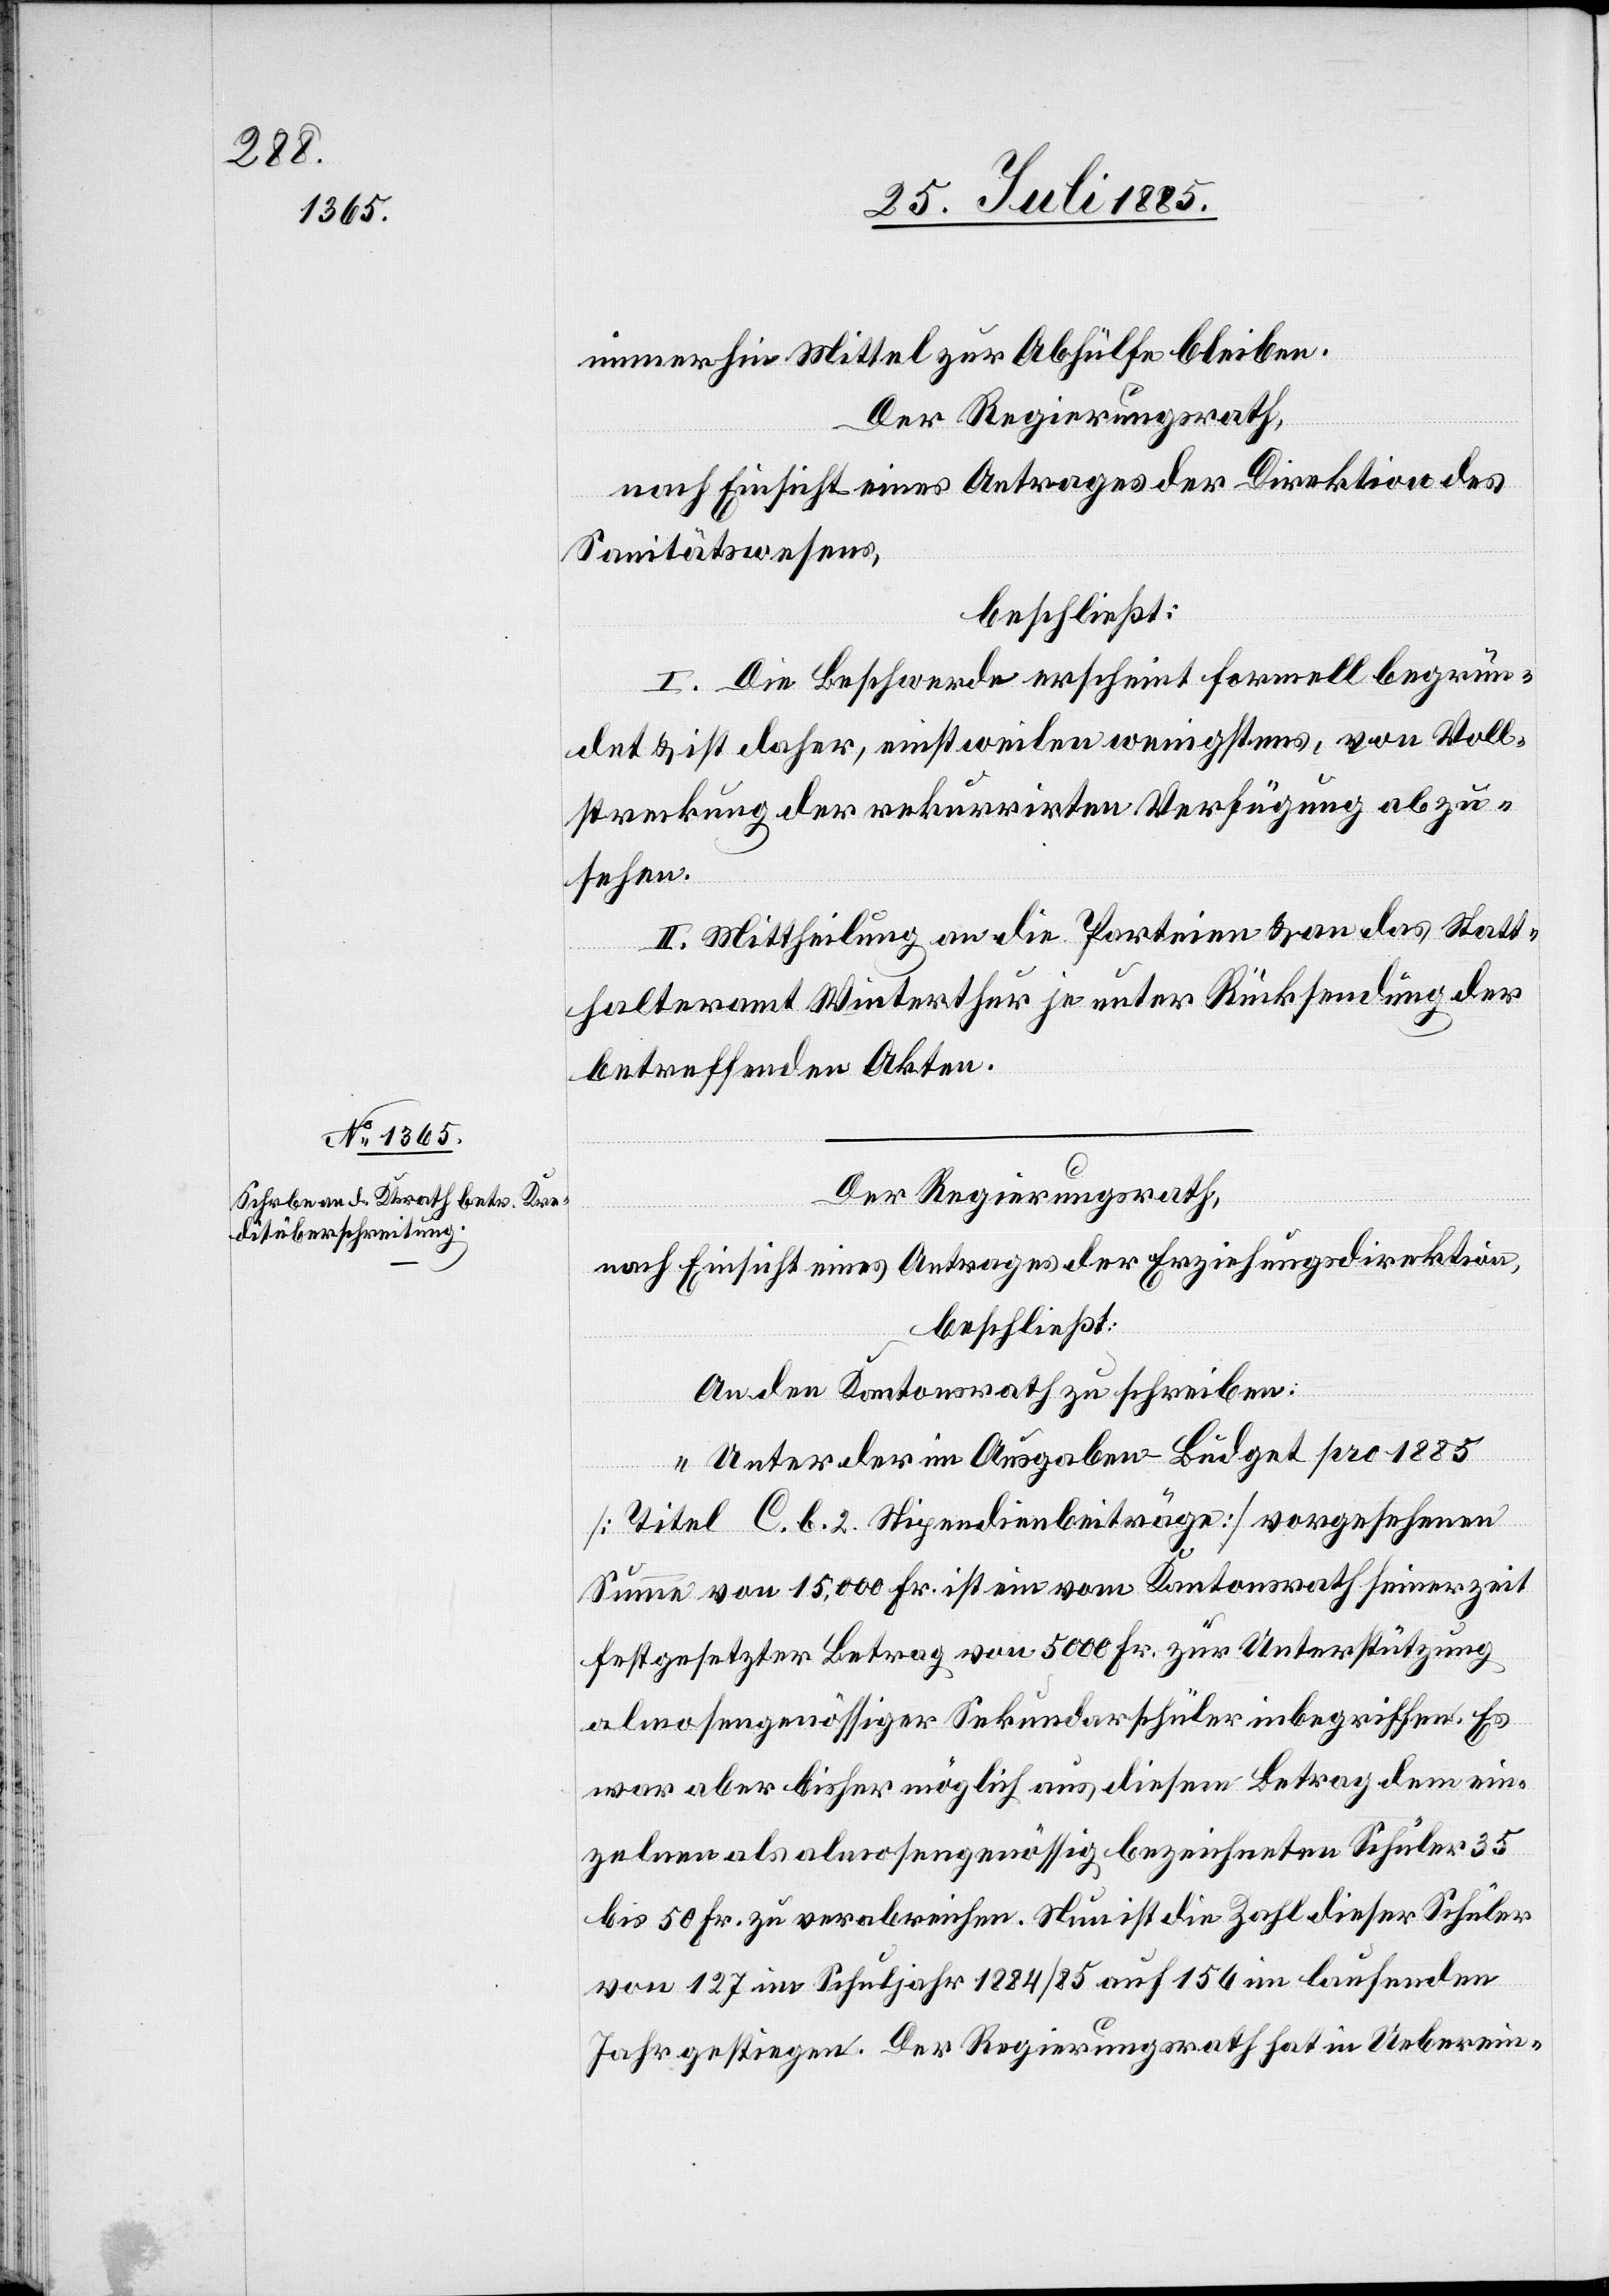
Der Regierungsrath,
nach Einsicht eines Antrages der Erziehungsdirektion,
beschließt:
An den Kantonsrath zu schreiben:
„Unter der im Ausgaben-Büdget pro 1885
[Titel C. b. 2 Stipendienbeiträge] vorgesehenen
Summe von 15,000 Fr. ist ein vom Kantonsrath seinerzeit
festgesetzter Betrag von 5000 Fr. zur Unterstützung
almosengenössiger Sekundarschüler inbegriffen. Es
war aber bisher möglich aus diesem Betrag dem ein¬
zelnen als almosengenössig bezeichneten Schüler 35
bis 50 Fr. zu verabreichen. Nun ist die Zahl dieser Schüler
von 127 im Schuljahr 1884/84 auf 156 im laufenden
Jahr gestiegen. Der Regierungsrath hat in Ueberein-